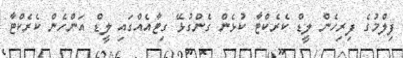
ފިލްމުގެ ފިރިހެން ލީޑް ކެރެކްޓާ ކުޅެން ގެންގުޅޭ ގިޓާއެއްގައި ލީޑް އަންހެން ކެރެކްޓާ